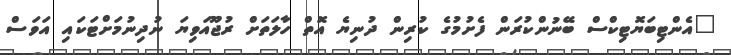
"އެންޓިބަޔޮޓިކްސް ބޭނުންކުރަން ފެށުމުގެ ކުރިން ދުނިޔެ އޮތް ހާލަތަށް ރުޖޫއަވިޔަ ނުދިނުމަށްޓަކައި އަވަސް